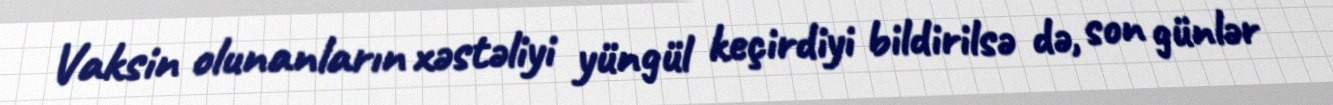
Vaksin olunanların xəstəliyi yüngül keçirdiyi bildirilsə də, son günlər